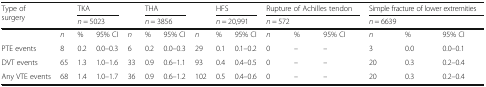
<table><thead><tr><td rowspan="2"><b>Type of surgery</b></td><td rowspan="2"></td><td colspan="2"><b>TKA</b></td><td></td><td colspan="2"><b>THA</b></td><td rowspan="2"></td><td colspan="2"><b>HFS</b></td><td colspan="3"><b>Rupture of Achilles tendon</b></td><td colspan="3"><b>Simple fracture of lower extremities</b></td></tr><tr><td colspan="2"><b><i>n</i> = 5023</b></td><td></td><td colspan="2"><b><i>n</i> = 3856</b></td><td colspan="2"><b><i>n</i> = 20,991</b></td><td colspan="3"><b><i>n</i> = 572</b></td><td colspan="3"><b><i>n</i> = 6639</b></td></tr></thead><tbody><tr><td></td><td><i>n</i></td><td>%</td><td>95% CI</td><td><i>n</i></td><td>%</td><td>95% CI</td><td><i>n</i></td><td>%</td><td>95% CI</td><td><i>n</i></td><td>%</td><td>95% CI</td><td><i>n</i></td><td>%</td><td>95% CI</td></tr><tr><td>PTE events</td><td>8</td><td>0.2</td><td>0.0–0.3</td><td>6</td><td>0.2</td><td>0.0–0.3</td><td>29</td><td>0.1</td><td>0.1–0.2</td><td>0</td><td>–</td><td>–</td><td>3</td><td>0.0</td><td>0.0–0.1</td></tr><tr><td>DVT events</td><td>65</td><td>1.3</td><td>1.0–1.6</td><td>33</td><td>0.9</td><td>0.6–1.1</td><td>93</td><td>0.4</td><td>0.4–0.5</td><td>0</td><td>–</td><td>–</td><td>20</td><td>0.3</td><td>0.2–0.4</td></tr><tr><td>Any VTE events</td><td>68</td><td>1.4</td><td>1.0–1.7</td><td>36</td><td>0.9</td><td>0.6–1.2</td><td>102</td><td>0.5</td><td>0.4–0.6</td><td>0</td><td>–</td><td>–</td><td>20</td><td>0.3</td><td>0.2–0.4</td></tr></tbody></table>